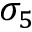
\sigma _ { 5 }